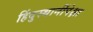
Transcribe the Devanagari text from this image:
हिंदुस्थानींपेक्षा